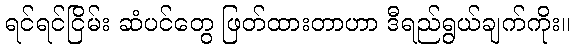
ရင်ရင်ငြိမ်း ဆံပင်တွေ ဖြတ်ထားတာဟာ ဒီရည်ရွယ်ချက်ကိုး။